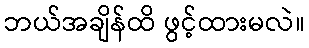
ဘယ်အချိန်ထိ ဖွင့်ထားမလဲ။